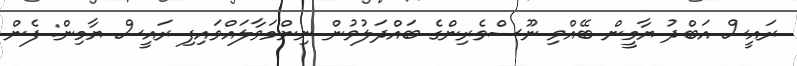
ރައީސް އަބްދު ޔާމީން ބޭއްވި ނޫސްވެރިންގެ ބައްދަލުވުން ނިންމަވާލައްވައިފި ރައީސް ޔާމިން: ފެން